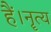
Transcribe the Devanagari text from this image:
हैं।नॄत्य